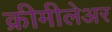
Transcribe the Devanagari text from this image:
क्रीमीलेअर